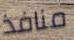
منافذ